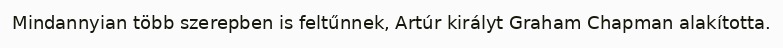
Mindannyian több szerepben is feltűnnek, Artúr királyt Graham Chapman alakította.